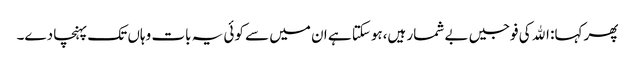
پھر کہا: اﷲ کی فوجیں بے شمار ہیں،ہوسکتا ہے ان میں سے کوئی یہ بات وہاں تک پہنچا دے۔